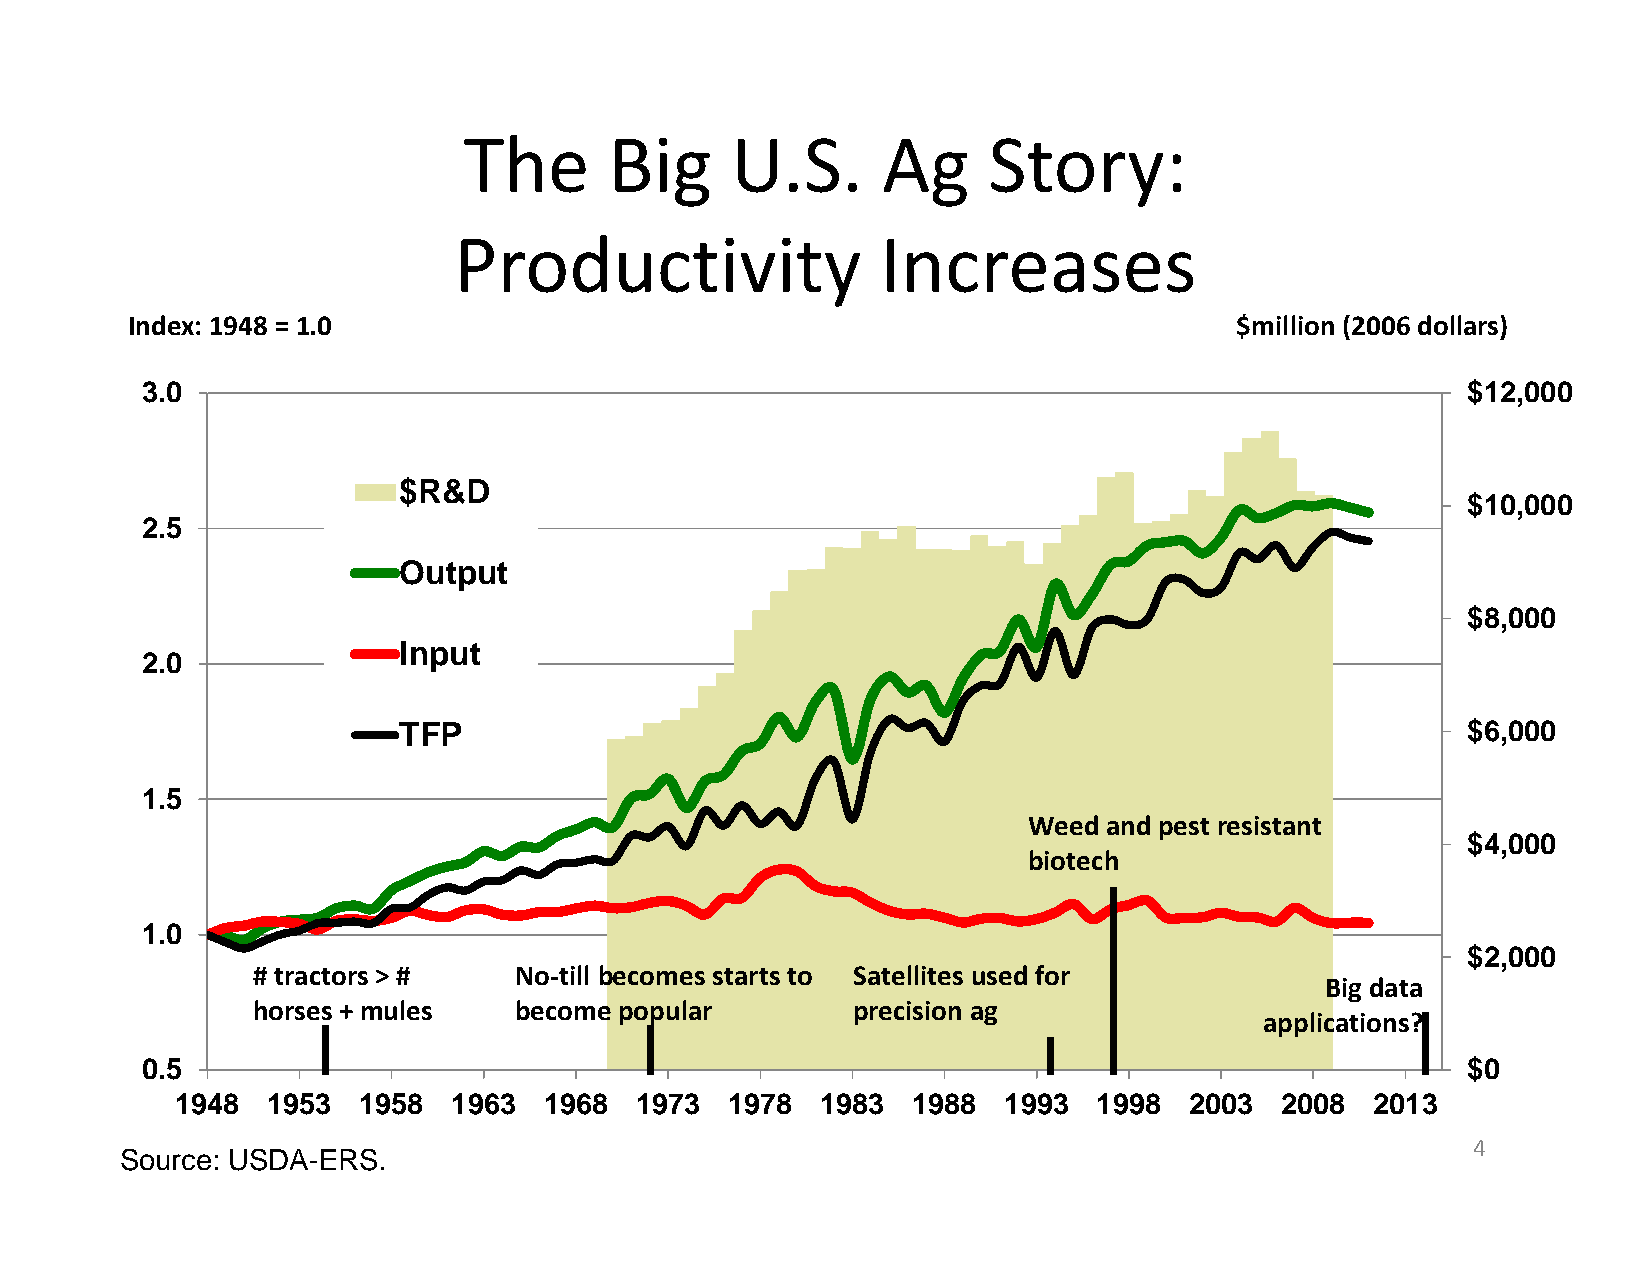
The      Big     U.S.      Ag     Story:
 Productivity                Increases
 Index: 1948 = 1.0                                                         $million (2006 dollars)
 3.0                                                                                     $12,000
 $R&D
 $10,000
 2.5
 Output
 $8,000
 Input
 2.0
 TFP                                                                    $6,000
 1.5
 Weed and pest resistant
 $4,000
 biotech
 1.0
 $2,000
 # tractors > #   No‐till becomes starts to Satellites used for
 Big data
 horses + mules   become popular        precision ag
 applications?
 0.5                                                                                     $0
 1948  1953  1958  1963  1968  1973  1978  1983  1988  1993   1998  2003  2008  2013
 4
 Source: USDA-ERS.